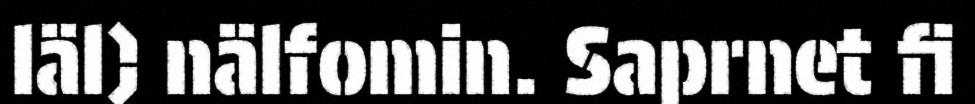
läl) nälfomin. Saprnet fi